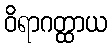
ဝိရာဂတ္ထာယ